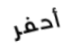
أحفر